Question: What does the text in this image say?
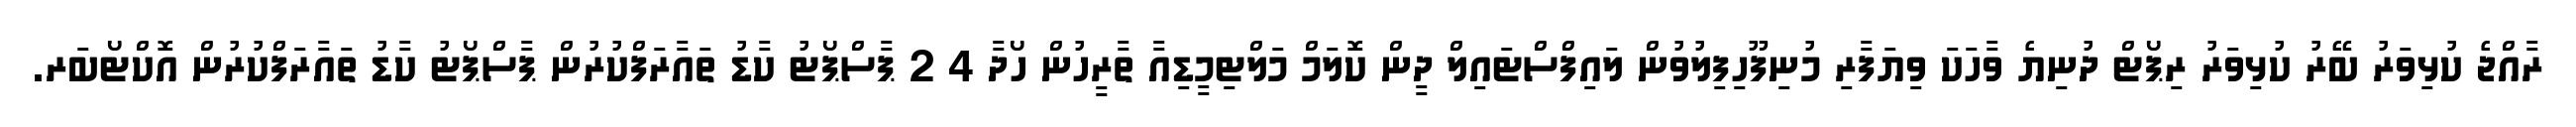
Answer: ރާއްޖެ ކުޅިވަރު ބޭރު ކުޅިވަރު ރިޕޯޓް ދުނިޔެ ވާހަކަ ވިޔަފާރި މުނިފޫހިފިލުވުން ލައިފްސްޓައިލް ދީން ކޮލަމް މަލްޓިމީޑިއާ ތާރީހުން ހޯދާ 4 2 ޕާސްޕޯޓު ކާޑު ތައާރަފްކުރުން ޕާސްޕޯޓު ކާޑު ތައާރަފްކުރުން އޮކްޓޯބަރ.